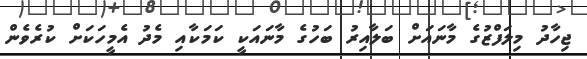
ޖިހާދު މިލަފްޒުގެ މާނައަށް ބަލާއިރު ބަހުގެ މާނައަކީ ކަމަކާއި މެދު އެމީހަކަށް ކުރެވެން